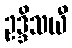
ဥဒ္ဒိသယီ